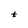
Character: t